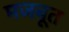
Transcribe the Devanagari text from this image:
मजबूूत